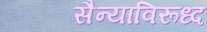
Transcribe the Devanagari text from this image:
सैन्याविरूध्द